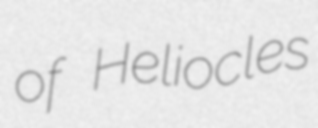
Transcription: of Heliocles